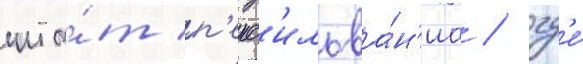
шта́т п'енс'ильва́н'иа / гд'е́